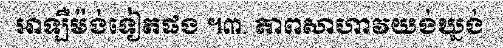
អាឡឺម៉ង់ទៀតផង ។៣. ភាពសាហាវយង់ឃ្នង់